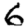
Digit: 6